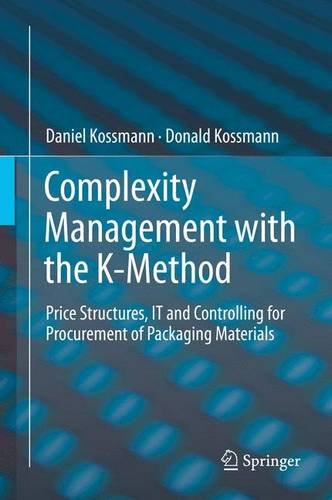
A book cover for Complexity Management with the K-Method: Price Structures, IT and Controlling for Procurement of Packaging Materials; Daniel Kossmann; Business & Money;